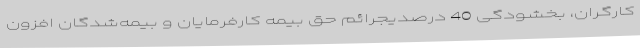
کارگران، بخشودگی 40 درصدیجرائم حق بیمه کارفرمایان و بیمه‌شدگان افزون